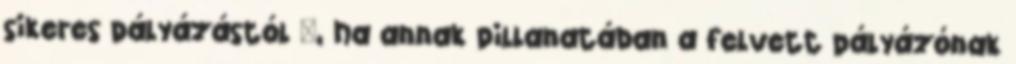
sikeres pályázástól –, ha annak pillanatában a felvett pályázónak